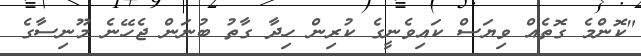
"ކޮންމެ ގޮތެއް ވިޔަސް ކައިވެނީގެ ކުރިން ހިދާ ގާތު ބުނަން ޖެހޭނެ މޫނިސާގެ